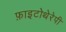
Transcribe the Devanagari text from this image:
फ़ाइटोथेरेपी